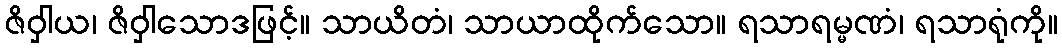
ဇိဝှါယ၊ ဇိဝှါသောဒဖြင့်။ သာယိတံ၊ သာယာထိုက်သော။ ရသာရမ္မဏံ၊ ရသာရုံကို။